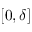
[ 0 , \delta ]